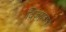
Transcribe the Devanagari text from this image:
विजयदादा